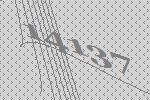
14137